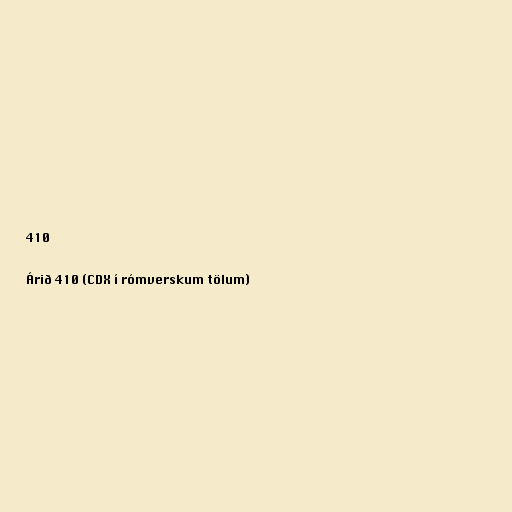
410

Árið 410 (CDX í rómverskum tölum)